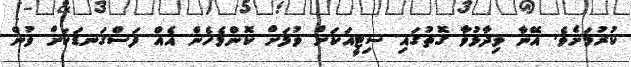
ކުރުމަށެވެ. އޭނާ ވިދާޅުވާ ގޮތުގައި ސިޓީއަކަށް ވުމަށް ކޮންމެހެން އެއް ފަސްގަނޑަކަށް ވުން